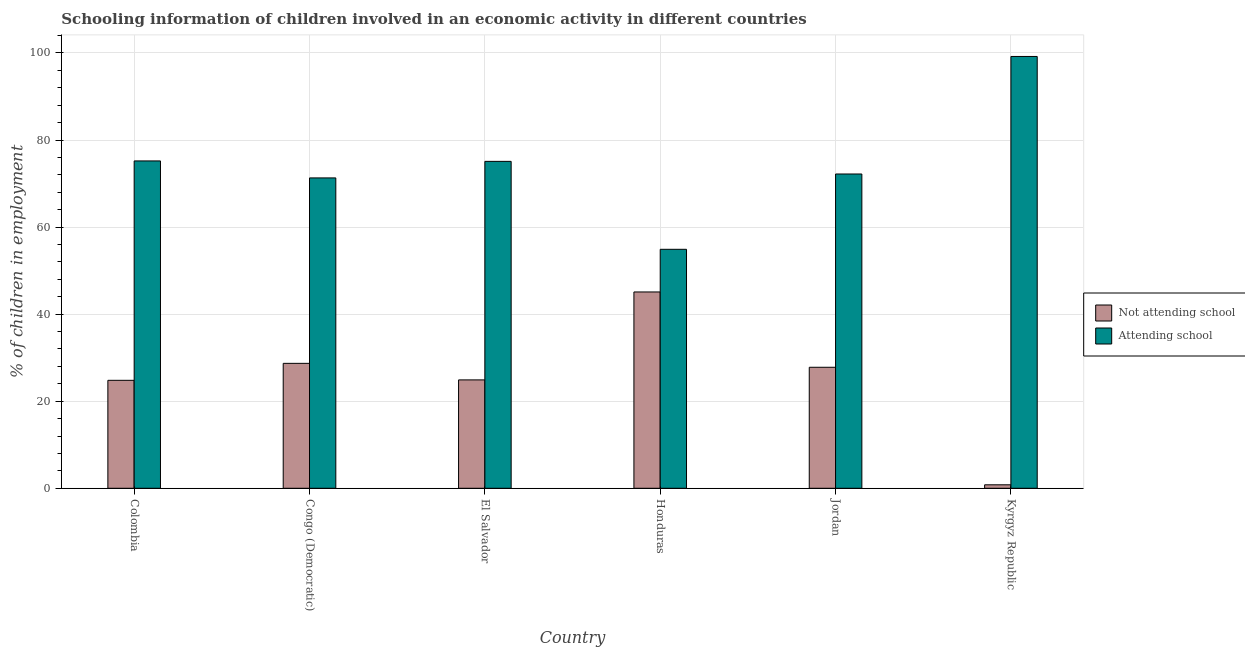
| Country | Not attending school | Attending school |
 | --- | --- | --- |
 | Colombia | 24.8 | 75.2 |
 | Congo (Democratic) | 28.7 | 71.3 |
 | El Salvador | 24.9 | 75.1 |
 | Honduras | 45.1 | 54.9 |
 | Jordan | 27.8 | 72.2 |
 | Kyrgyz Republic | 0.8 | 99.2 |